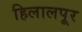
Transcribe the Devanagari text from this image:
हिलालपूर